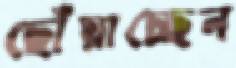
ছোঁয়াচ্ছেন